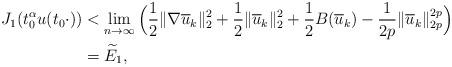
LaTeX: \begin{align*}J_{1}(t_{0}^{\alpha}u(t_{0}\cdot))&<\mathop{\lim}\limits_{n\rightarrow\infty}\Big(\frac{1}{2}\|\nabla\overline{u}_{k}\|_{2}^{2}+\frac{1}{2}\|\overline{u}_{k}\|_{2}^{2}+\frac{1}{2}B(\overline{u}_{k})-\frac{1}{2p}\|\overline{u}_{k}\|_{2p}^{2p}\Big)\\&=\widetilde{E}_{1},\end{align*}